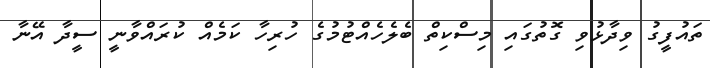
ތައުފީގު ވިދާޅުވި ގޮތުގައި މިސްކިތް ބެލެހެއްޓުމުގެ ހުރިހާ ކަމެއް ކުރައްވާނީ ސީދާ އޭނާ